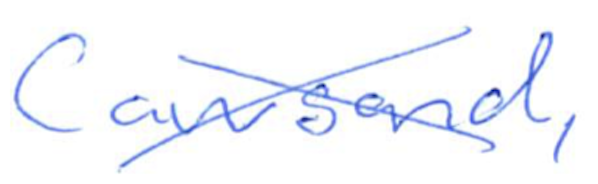
Text: Cawsand,
Cross-out: cross
Writing tool: ballpoint